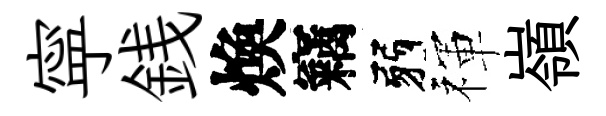
寜銭煥竊弱禈嶺